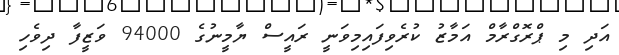
އަދި މި ޕްރޮގްރާމް އަމާޒު ކުރެވިފައިމިވަނީ ރައީސް ޔާމީނުގެ 94000 ވަޒީފާ ދިވެހި